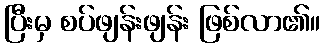
ပြီးမှ စပ်ဖျန်းဖျန်း ဖြစ်လာ၏။